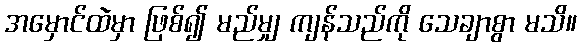
အမှောင်ထဲမှာ ဖြစ်၍ မည်မျှ ကျန်သည်ကို သေချာစွာ မသိ။